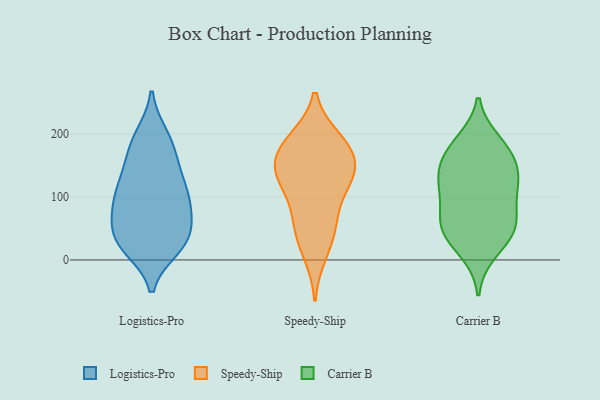
{"axis": {"x": "Satisfaction Score", "y": "Value"}, "legend": ["Carrier B", "Logistics-Pro", "Speedy-Ship"], "data": [{"x": "", "y": 53, "type": "Logistics-Pro"}, {"x": "", "y": 182, "type": "Logistics-Pro"}, {"x": "", "y": 99, "type": "Logistics-Pro"}, {"x": "", "y": 139, "type": "Logistics-Pro"}, {"x": "", "y": 198, "type": "Logistics-Pro"}, {"x": "", "y": 33, "type": "Logistics-Pro"}, {"x": "", "y": 162, "type": "Logistics-Pro"}, {"x": "", "y": 117, "type": "Logistics-Pro"}, {"x": "", "y": 19, "type": "Logistics-Pro"}, {"x": "", "y": 89, "type": "Logistics-Pro"}, {"x": "", "y": 86, "type": "Logistics-Pro"}, {"x": "", "y": 22, "type": "Logistics-Pro"}, {"x": "", "y": 62, "type": "Logistics-Pro"}, {"x": "", "y": 23, "type": "Logistics-Pro"}, {"x": "", "y": 141, "type": "Logistics-Pro"}, {"x": "", "y": 26, "type": "Logistics-Pro"}, {"x": "", "y": 110, "type": "Logistics-Pro"}, {"x": "", "y": 194, "type": "Logistics-Pro"}, {"x": "", "y": 88, "type": "Logistics-Pro"}, {"x": "", "y": 47, "type": "Logistics-Pro"}, {"x": "", "y": 134, "type": "Speedy-Ship"}, {"x": "", "y": 57, "type": "Speedy-Ship"}, {"x": "", "y": 144, "type": "Speedy-Ship"}, {"x": "", "y": 141, "type": "Speedy-Ship"}, {"x": "", "y": 126, "type": "Speedy-Ship"}, {"x": "", "y": 191, "type": "Speedy-Ship"}, {"x": "", "y": 122, "type": "Speedy-Ship"}, {"x": "", "y": 184, "type": "Speedy-Ship"}, {"x": "", "y": 176, "type": "Speedy-Ship"}, {"x": "", "y": 42, "type": "Speedy-Ship"}, {"x": "", "y": 74, "type": "Speedy-Ship"}, {"x": "", "y": 178, "type": "Speedy-Ship"}, {"x": "", "y": 10, "type": "Speedy-Ship"}, {"x": "", "y": 50, "type": "Carrier B"}, {"x": "", "y": 165, "type": "Carrier B"}, {"x": "", "y": 56, "type": "Carrier B"}, {"x": "", "y": 46, "type": "Carrier B"}, {"x": "", "y": 115, "type": "Carrier B"}, {"x": "", "y": 178, "type": "Carrier B"}, {"x": "", "y": 111, "type": "Carrier B"}, {"x": "", "y": 77, "type": "Carrier B"}, {"x": "", "y": 14, "type": "Carrier B"}, {"x": "", "y": 154, "type": "Carrier B"}, {"x": "", "y": 124, "type": "Carrier B"}, {"x": "", "y": 132, "type": "Carrier B"}, {"x": "", "y": 187, "type": "Carrier B"}, {"x": "", "y": 46, "type": "Carrier B"}]}